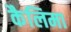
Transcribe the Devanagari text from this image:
कैलिमा